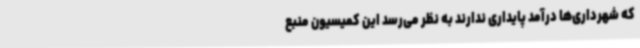
که شهرداری‌ها درآمد پایداری ندارند به نظر می‌رسد این کمیسیون منبع